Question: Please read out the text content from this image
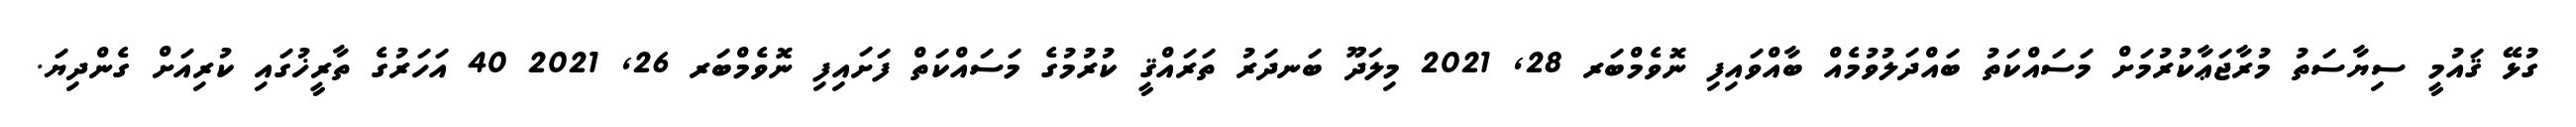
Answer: ގުޅޭ ޤައުމީ ސިޔާސަތު މުރާޖަޢާކުރުމަށް މަސައްކަތު ބައްދަލުވުމެއް ބާއްވައިފި ނޮވެމްބަރ 28, 2021 މިލަދޫ ބަނދަރު ތަރައްޤީ ކުރުމުގެ މަސައްކަތް ފަށައިފި ނޮވެމްބަރ 26, 2021 40 އަހަރުގެ ތާރީޚުގައި ކުރިއަށް ގެންދިޔަ.